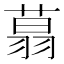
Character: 𦶑